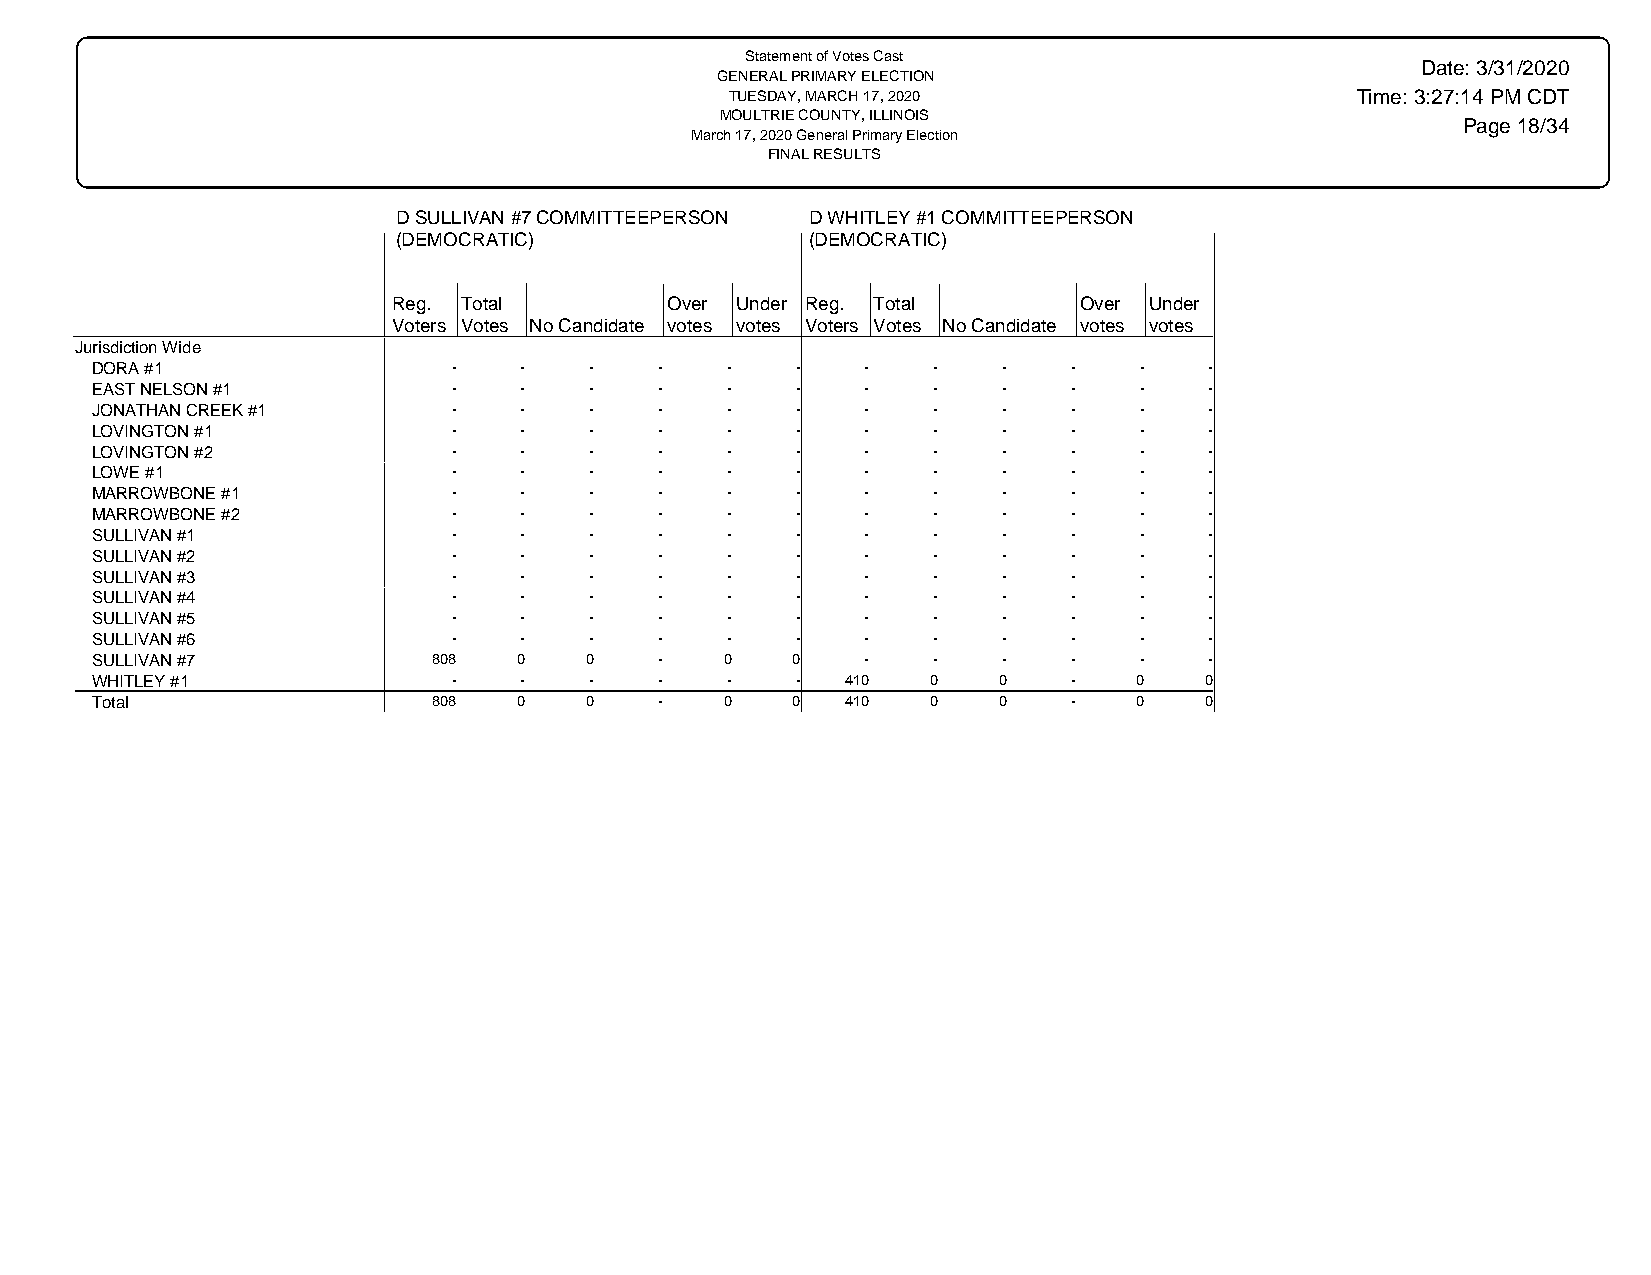
Statement of Votes Cast
 Date: 3/31/2020
 GENERAL PRIMARY ELECTION
 TUESDAY, MARCH 17, 2020                   Time: 3:27:14 PM CDT
 MOULTRIE COUNTY, ILLINOIS
 Page 18/34
 March 17, 2020 General Primary Election
 FINAL RESULTS
 D SULLIVAN #7 COMMITTEEPERSON D WHITLEY #1 COMMITTEEPERSON
 (DEMOCRATIC)                (DEMOCRATIC)
 Reg. Total        Over Under Reg. Total      Over Under
 Voters Votes No Candidate votes votes Voters Votes No Candidate votes votes
 Jurisdiction Wide
 DORA #1                 -   -    -    -   -    -   -    -   -    -   -    -
 EAST NELSON #1          -   -    -    -   -    -   -    -   -    -   -    -
 JONATHAN CREEK #1       -   -    -    -   -    -   -    -   -    -   -    -
 LOVINGTON #1            -   -    -    -   -    -   -    -   -    -   -    -
 LOVINGTON #2            -   -    -    -   -    -   -    -   -    -   -    -
 LOWE #1                 -   -    -    -   -    -   -    -   -    -   -    -
 MARROWBONE #1           -   -    -    -   -    -   -    -   -    -   -    -
 MARROWBONE #2           -   -    -    -   -    -   -    -   -    -   -    -
 SULLIVAN #1             -   -    -    -   -    -   -    -   -    -   -    -
 SULLIVAN #2             -   -    -    -   -    -   -    -   -    -   -    -
 SULLIVAN #3             -   -    -    -   -    -   -    -   -    -   -    -
 SULLIVAN #4             -   -    -    -   -    -   -    -   -    -   -    -
 SULLIVAN #5             -   -    -    -   -    -   -    -   -    -   -    -
 SULLIVAN #6             -   -    -    -   -    -   -    -   -    -   -    -
 SULLIVAN #7            808  0    0    -   0   0    -    -   -    -   -    -
 WHITLEY #1              -   -    -    -   -    -  410   0   0    -   0    0
 Total                  808  0    0    -   0   0   410   0   0    -   0    0